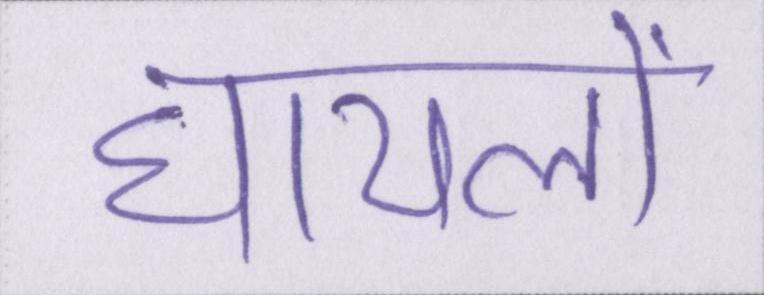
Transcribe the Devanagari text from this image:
घायलों